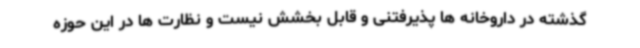
گذشته در داروخانه ها پذیرفتنی و قابل بخشش نیست و نظارت ها در این حوزه